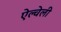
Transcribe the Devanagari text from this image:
ऐल्वेली